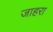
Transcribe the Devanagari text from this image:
जाहरा